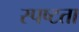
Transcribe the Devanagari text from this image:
स्‍पष्‍टता